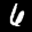
Label: 6